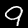
Digit: 9